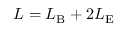
L = L _ { \mathrm { B } } + 2 L _ { \mathrm { E } }